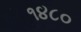
૧૪૮૦